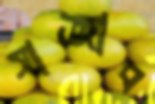
সাজাব